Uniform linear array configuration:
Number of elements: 4
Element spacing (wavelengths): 0.5
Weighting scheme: kaiser
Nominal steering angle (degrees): -15
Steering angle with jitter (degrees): -15.771
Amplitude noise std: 0.05
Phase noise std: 0.05

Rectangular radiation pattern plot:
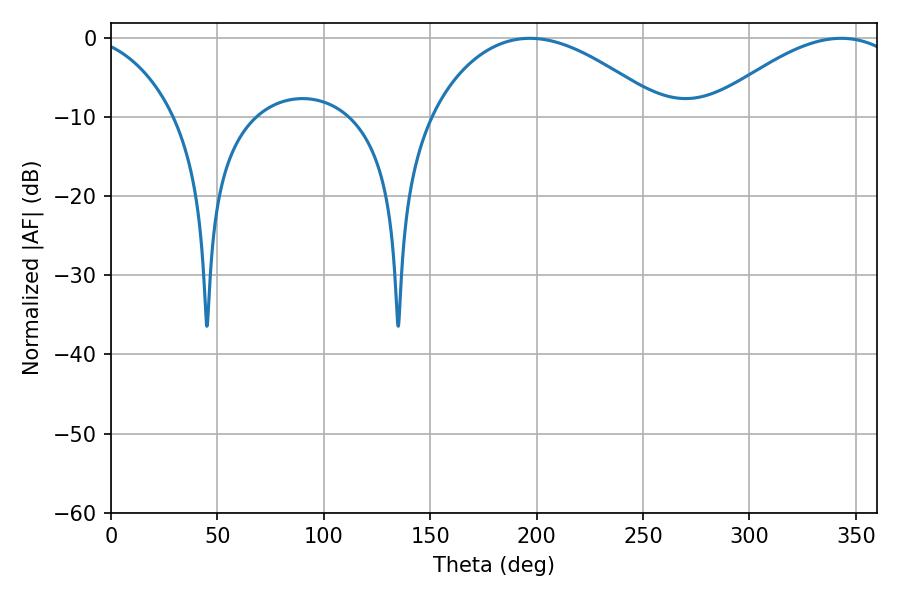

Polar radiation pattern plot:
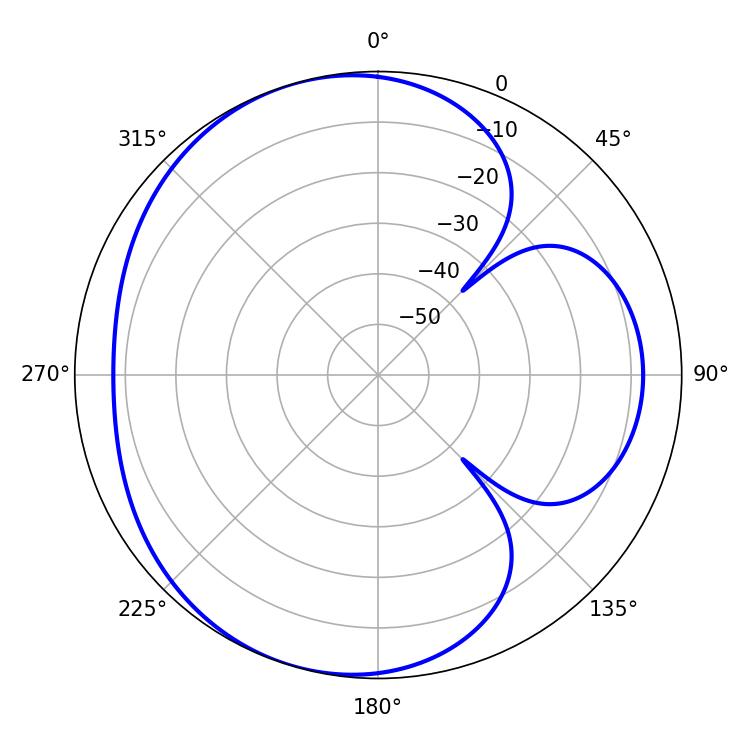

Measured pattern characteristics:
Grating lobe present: FALSE
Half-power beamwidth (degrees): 60.66
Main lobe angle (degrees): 196.92